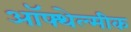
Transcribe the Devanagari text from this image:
ऑफ्थेल्मीक